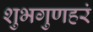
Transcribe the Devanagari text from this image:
शुभगुणहरं